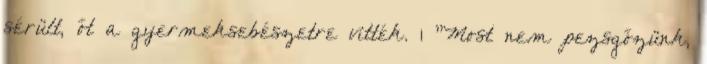
sérült, őt a gyermeksebészetre vitték. 1 "Most nem pezsgőzünk,